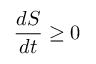
{ \frac { d S } { d t } } \geq 0